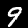
Label: 9